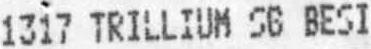
1317 TRILLIUM S6 BESI